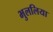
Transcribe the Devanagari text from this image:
भुललिया